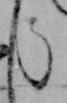
う